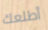
أطلعك